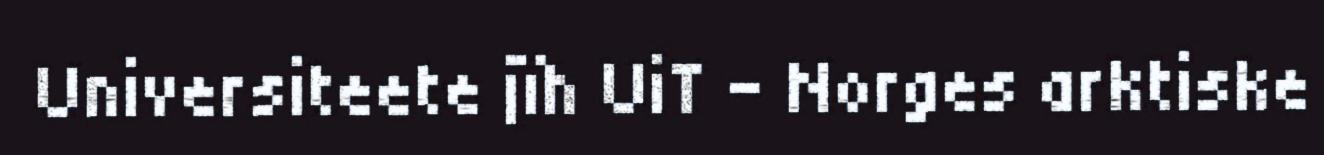
Universiteete jïh UiT – Norges arktiske